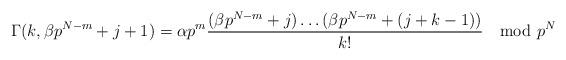
LaTeX: \begin{align*} \Gamma(k,\beta p^{N-m}+j+1) ={}& \alpha p^m \frac{(\beta p^{N-m}+j)\ldots (\beta p^{N-m}+(j+k-1))}{k!} \mod p^N \end{align*}